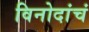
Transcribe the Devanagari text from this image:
विनोदांचं